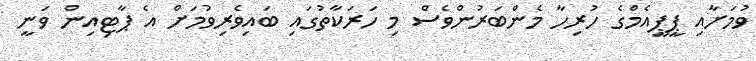
ވުމަށާއި ޕީޕީއެމްގެ ހުރިހާ މެންބަރުންވެސް މި ހަރަކާތުގައި ބައިވެރިވުމަށް އެ ޕާޓިއިން ވަނީ